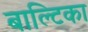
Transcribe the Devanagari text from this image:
बाल्टिका